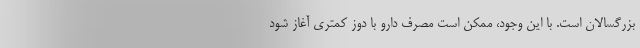
بزرگسالان است. با این وجود، ممکن است مصرف دارو با دوز کمتری آغاز شود